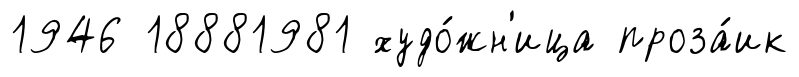
1946 18881981 худо́жн'ица проза́ик